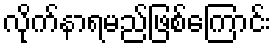
လိုက်နာရမည်ဖြစ်ကြောင်း